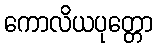
ကောလိယပုတ္တော